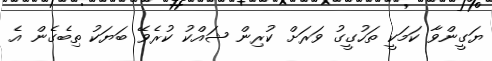
ޔަގީންވާ ކަމަކީ ތަހުގީގު ވަރަށް ކުރިން ޝައްކު ކުރެވޭ ބަޔަކު ތިބެގެން އެ